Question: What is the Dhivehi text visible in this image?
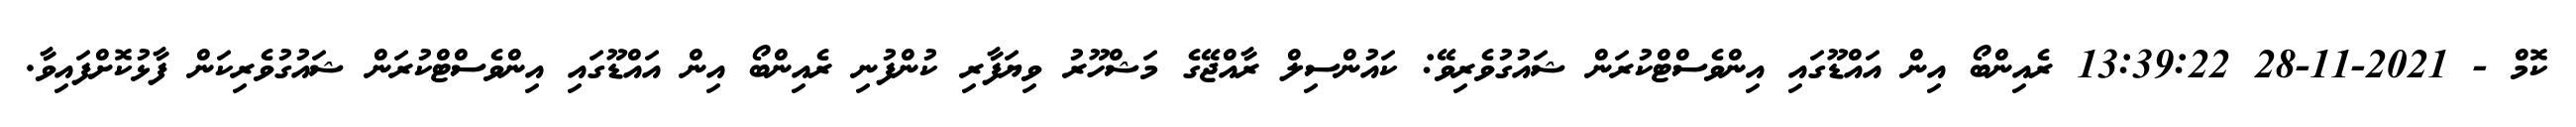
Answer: ކޮމް - 2021-11-28 13:39:22 ރެއިންބޯ އިން އައްޑޫގައި އިންވެސްޓްކުރަން ޝައުގުވެރިވޭ: ކައުންސިލް ރާއްޖޭގެ މަޝްހޫރު ވިޔަފާރި ކުންފުނި ރެއިންބޯ އިން އައްޑޫގައި އިންވެސްޓްކުރަން ޝައުގުވެރިކަން ފާޅުކޮށްފައިވާ.